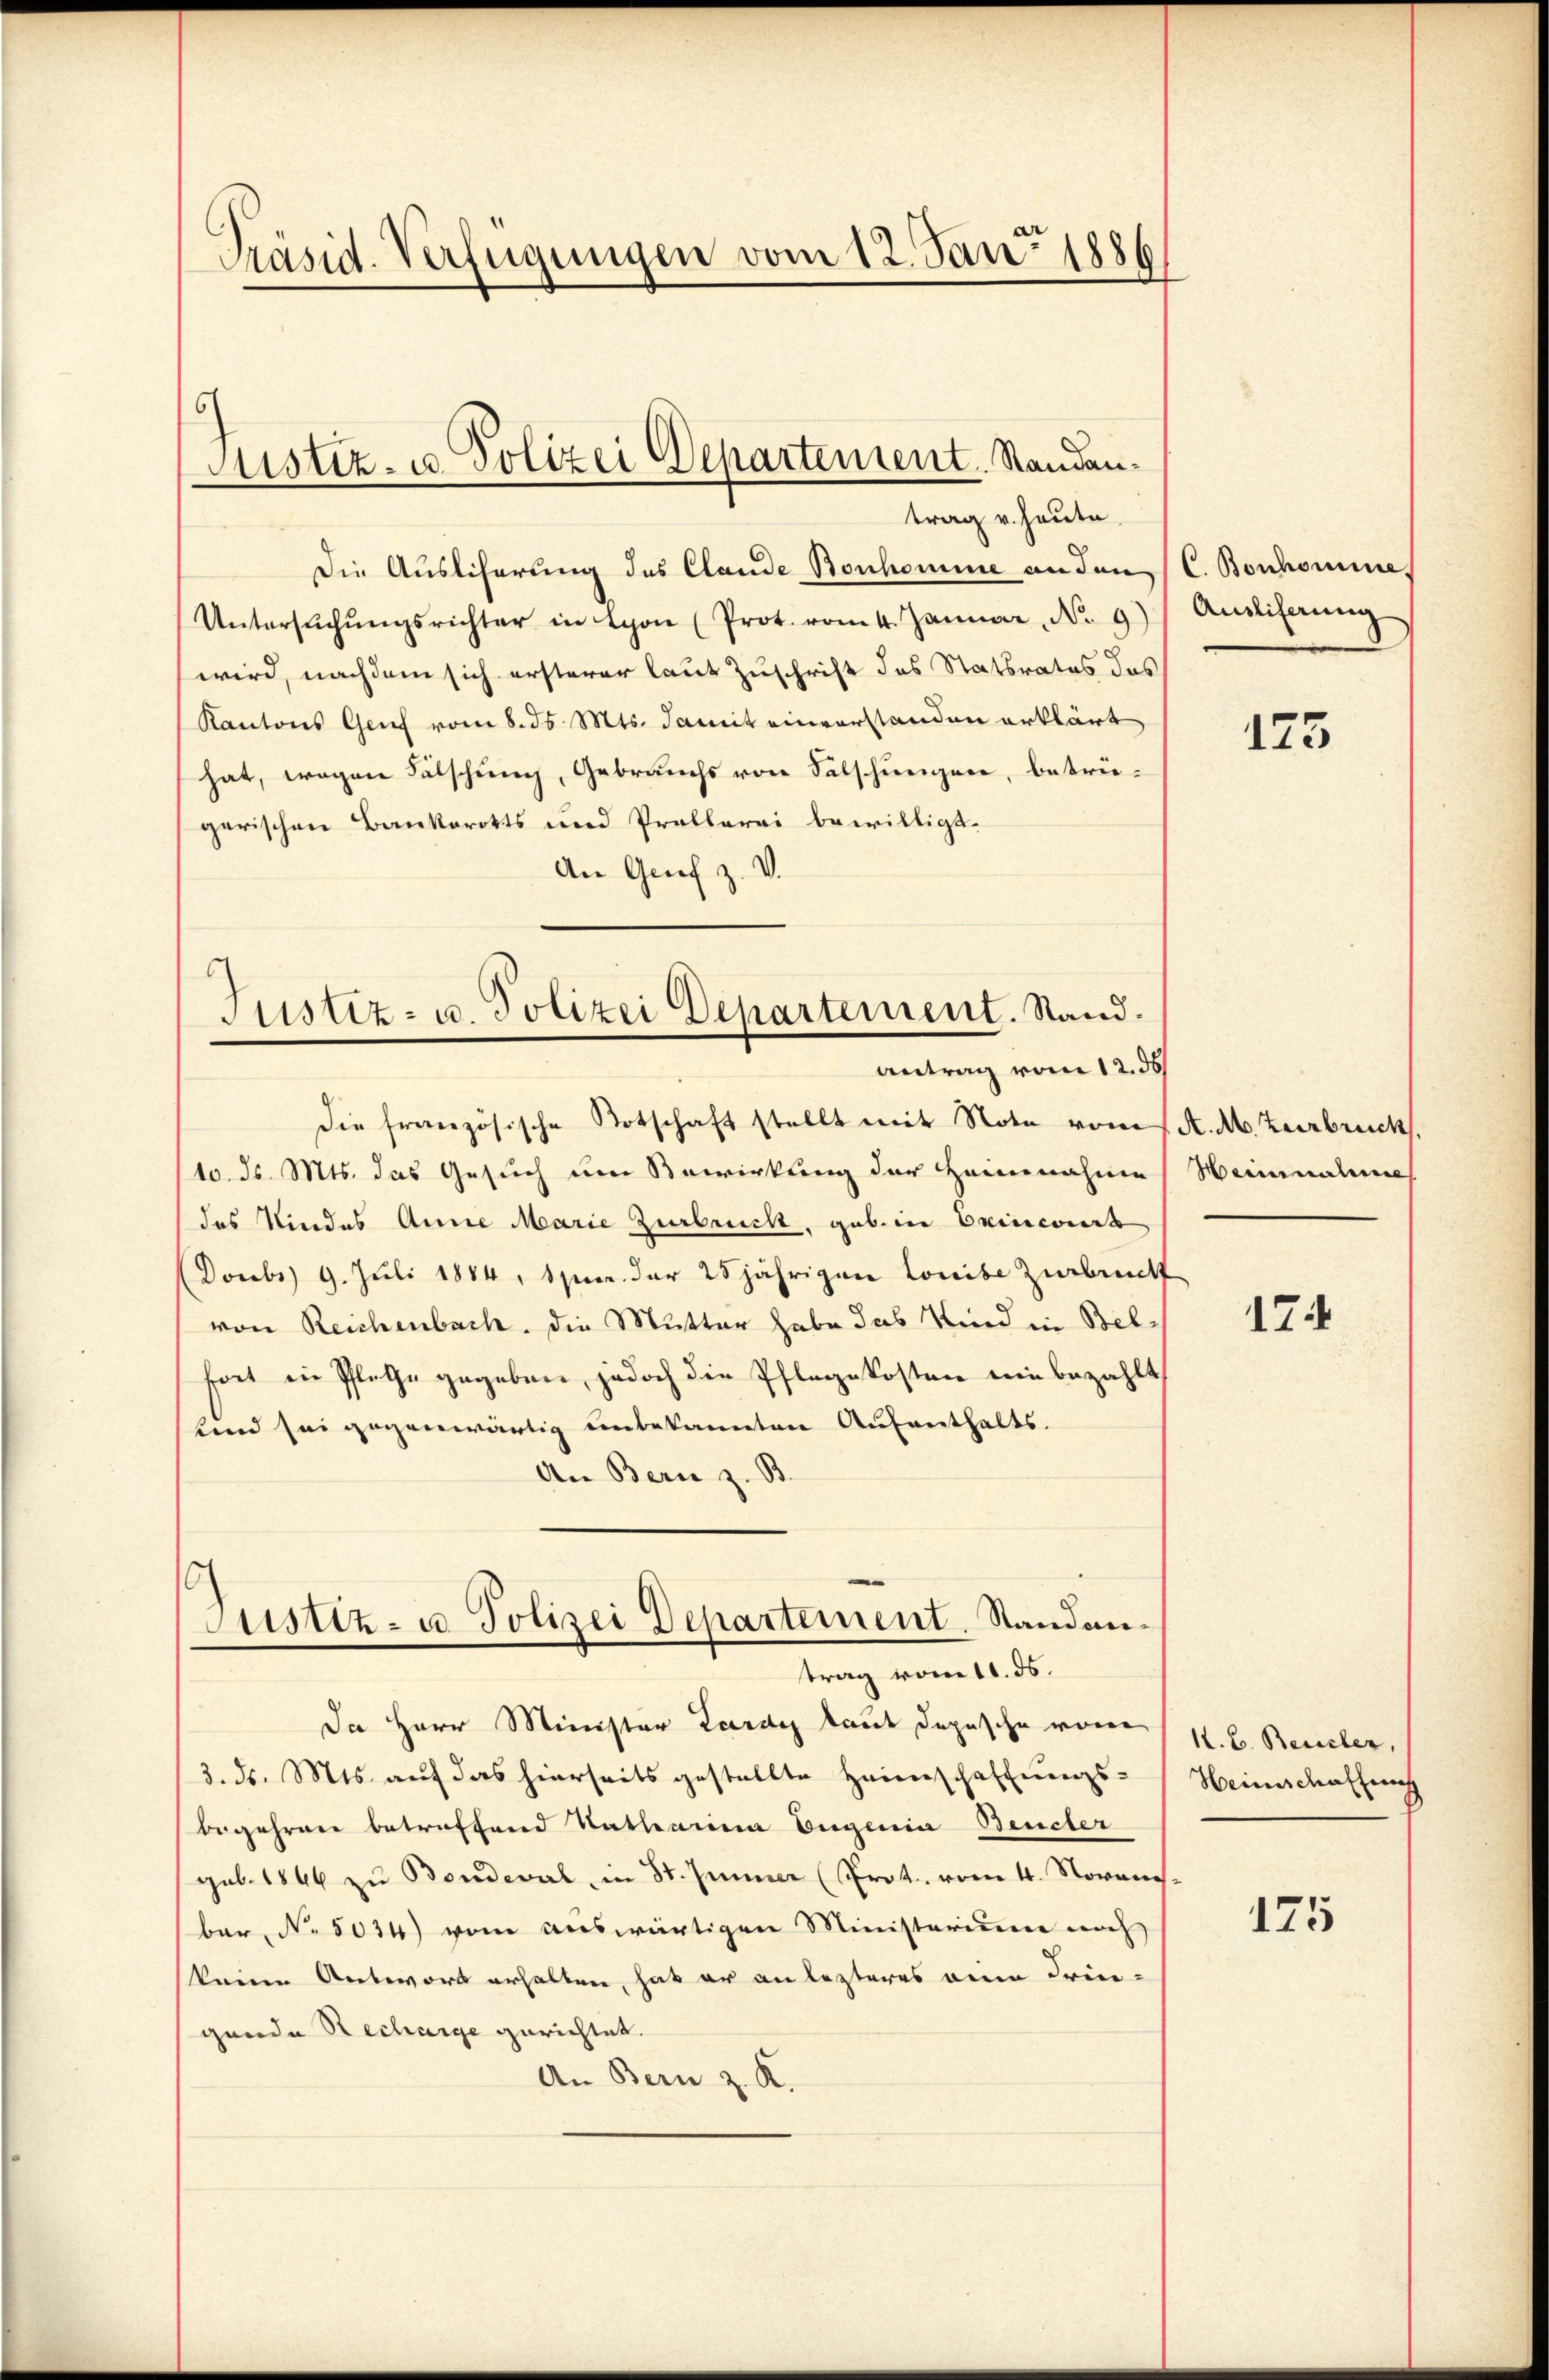
Präsid. Verfügungen vom 12. Jan. 1886

Justiz- u. Polizei Departement. Standan¬

trag v. Heute.
Die Ausliferung des Clande Bonhomme an den
Untersŭchŭngsrichter in Lyon (Prot. vom 4. Januar, No 9
wird, nachdem sich ersterer laut Zuschrift des Statsrates das
Kantons Genf vom 8. ds. Mts. damit einverstanden erklärt
hat, wegen Fälschung, Gebrauchs von Falschungen, betrügerischen Bankorokts und Prollerei bewilligt.
An Grief z. V.

Justiz- u. Polizei Departement. Stand.
Antrag vom 12. ds

s
Justiz- u. Polizei Departement. Standantrag vom 11. ds.

die französische Botschaft stellt mit Note vom 1 A. M. Zurbruck,
/10. ds. Mts. das Gesuch um Bewirkung der Heimnahme Weinnahme
das Kindes Anna Marie Zurbruck, gab in Erincirt
Dombs 9. Juli 1884, Spur der 25jährigen Louise Zurbruckt
von Reichenbach, die Mutter habe das Kind in Belfort in Pflege gegeben, jedoch die Pflegekosten ein bezahlt
und sei gegenwärtig unbekannten Aufenthalts-
An Bern z. B.
Da Herr Minister Lardy laut dopische von
3. ds. Mts. auf das hierseits gestellte Heimschaffungs-
begehren betreffend Katharina Eugenia Bencher
gub. 1846 zu Bondeval, in St. Jenner (Prot. vom 4. Novanes.
ber, No. 5034) vom auswärtigen Ministerium noch
keine Antwort erhalten, hat er an lezteres eine Frie-
gende Recharge gerichtet.
An Bern z. K.

C. Bonhomme
Ausliferung

175

174

I. B. Beurter,
Heimschaffung

175